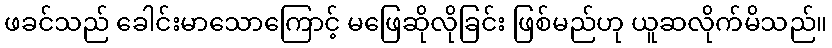
ဖခင်သည် ခေါင်းမာသောကြောင့် မဖြေဆိုလိုခြင်း ဖြစ်မည်ဟု ယူဆလိုက်မိသည်။